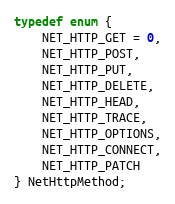
Language: C
typedef enum {
	NET_HTTP_GET = 0,
	NET_HTTP_POST,
	NET_HTTP_PUT,
	NET_HTTP_DELETE,
	NET_HTTP_HEAD,
	NET_HTTP_TRACE,
	NET_HTTP_OPTIONS,
	NET_HTTP_CONNECT,
	NET_HTTP_PATCH
} NetHttpMethod;